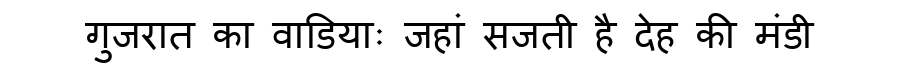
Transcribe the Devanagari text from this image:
गुजरात का वाडियाः जहां सजती है देह की मंडी